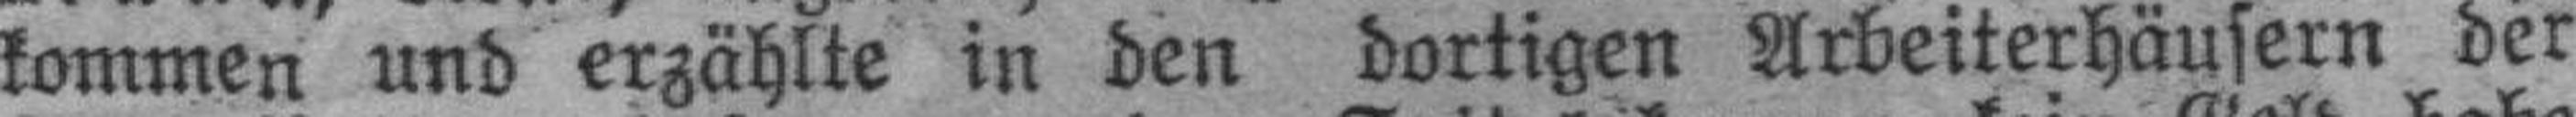
kommen und erzählte in den dortigen Arbeiterhäusern der